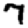
Digit: 7